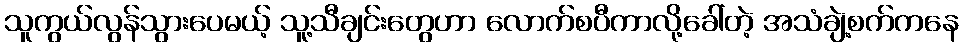
သူကွယ်လွန်သွားပေမယ့် သူ့သီချင်းတွေဟာ လောက်စပီကာလို့ခေါ်တဲ့ အသံချဲ့စက်ကနေ